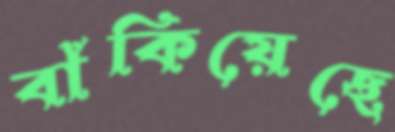
বাঁকিয়েছে